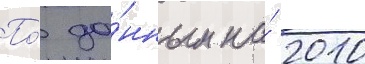
По́ да́нным на́ 2010